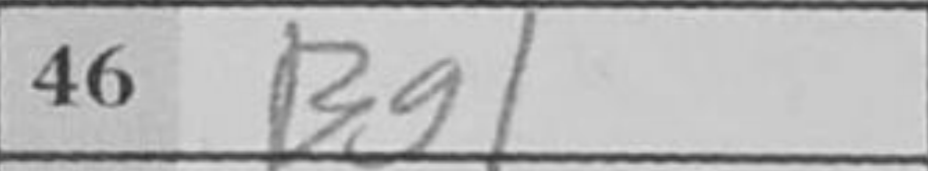
Transcription: Bg1